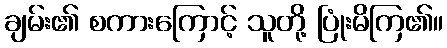
ချမ်း၏ စကားကြောင့် သူတို့ ပြုံးမိကြ၏။